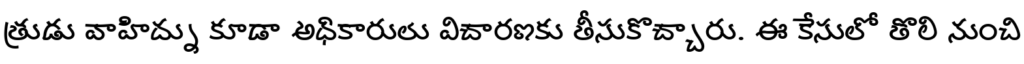
త్రుడు వాహిద్ను కూడా అధికారులు విచారణకు తీసుకొచ్చారు. ఈ కేసులో తొలి నుంచి